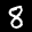
Label: 8